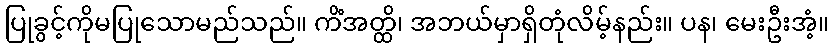
ပြုခွင့်ကိုမပြုသောမည်သည်။ ကိံအတ္ထိ၊ အဘယ်မှာရှိတုံလိမ့်နည်း။ ပန၊ မေးဦးအံ့။